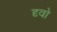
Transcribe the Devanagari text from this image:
दृवो